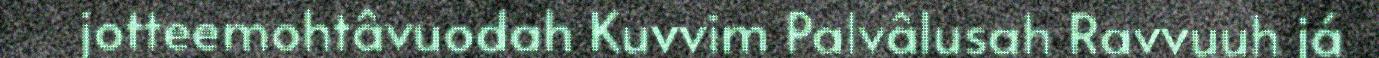
jotteemohtâvuodah Kuvvim Palvâlusah Ravvuuh já